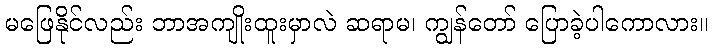
မဖြေနိုင်လည်း ဘာအကျိုးထူးမှာလဲ ဆရာမ၊ ကျွန်တော် ပြောခဲ့ပါကောလား။